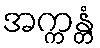
အက္ကန္တံ